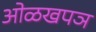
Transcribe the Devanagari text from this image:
ओळखपञ